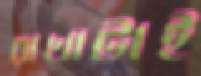
রাখাটাই